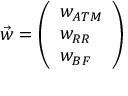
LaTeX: { \vec { w } } = { \left( \begin{array} { l } { w _ { A T M } } \\ { w _ { R R } } \\ { w _ { B F } } \end{array} \right) }